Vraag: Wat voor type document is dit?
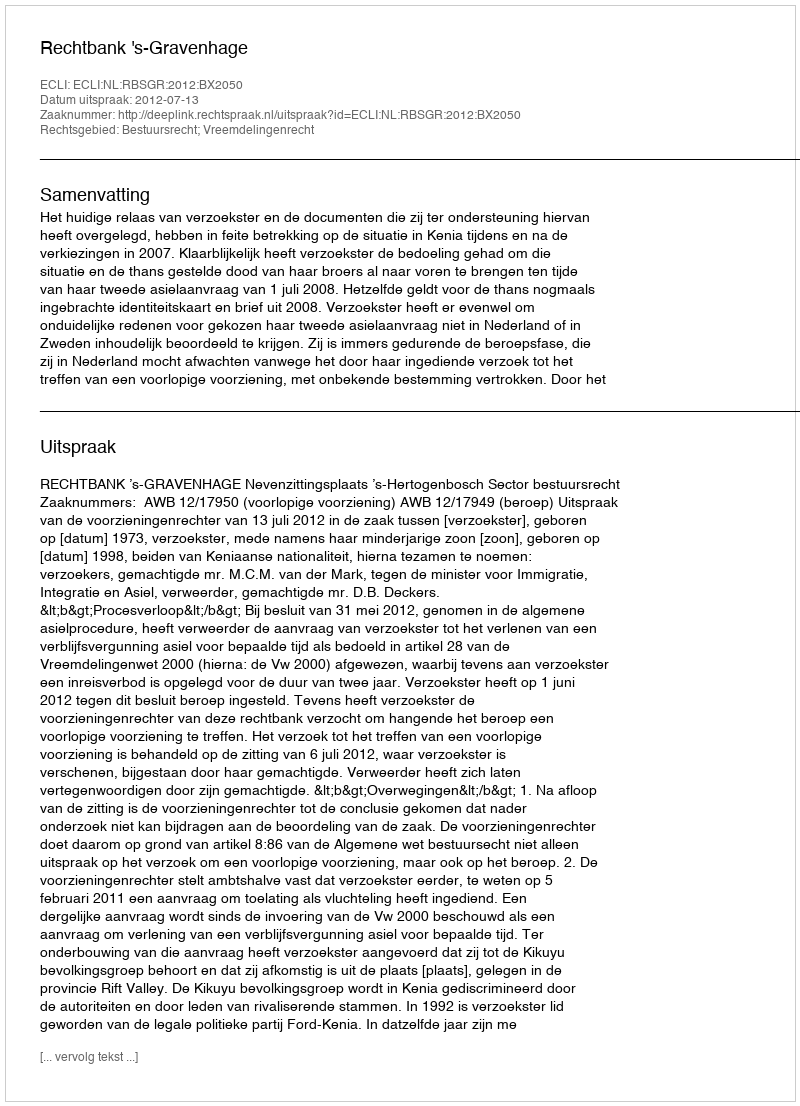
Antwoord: Uitspraak